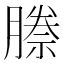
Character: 𭩅